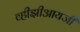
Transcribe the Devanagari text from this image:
व्हीझीआयजी